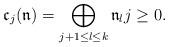
LaTeX: \begin{align*} \mathfrak{c}_j(\mathfrak{n}) =\bigoplus_{ j+1\leq l \leq k} \mathfrak{n}_l j \geq 0. \end{align*}